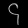
Digit: ၄